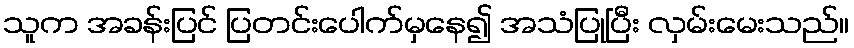
သူက အခန်းပြင် ပြတင်းပေါက်မှနေ၍ အသံပြုပြီး လှမ်းမေးသည်။